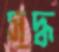
সুদ্ধ